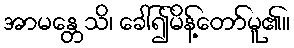
အာမန္တေသိ၊ ခေါ်၍မိန့်တော်မူ၏။